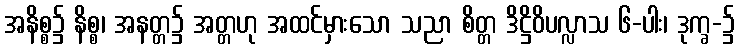
အနိစ္စ၌ နိစ္စ၊ အနတ္တ၌ အတ္တဟု အထင်မှားသော သညာ စိတ္တ ဒိဋ္ဌိဝိပလ္လာသ ၆-ပါး၊ ဒုက္ခ-၌